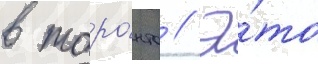
в торо́нто // Э́то